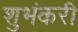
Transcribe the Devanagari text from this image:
शुभंकरी